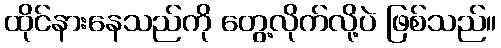
ထိုင်နားနေသည်ကို တွေ့လိုက်လို့ပဲ ဖြစ်သည်။